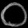
Digit: ၀